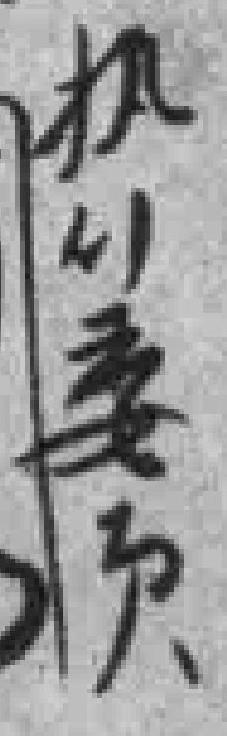
执行委员